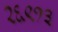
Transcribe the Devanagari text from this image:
२६९१३